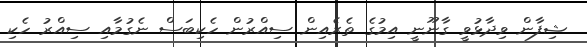
ޝިފާން ވިދާޅުވީ ގާނޫނީ އިމުގެ ތެރެއިން ސިއްރުން ހެކިބަސް ނެގުމާއި ސިއްރު ހެކި